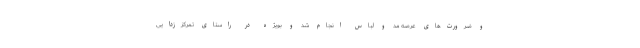
و ضرورت‌های عرصه مد و لباس انجام شد و بویژه در راستای تمرکززدایی